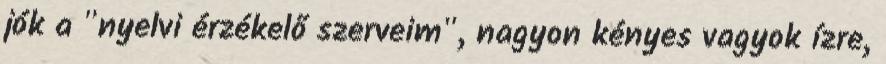
jók a "nyelvi érzékelő szerveim", nagyon kényes vagyok ízre,